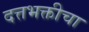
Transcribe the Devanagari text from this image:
दत्तभक्तीचा